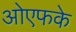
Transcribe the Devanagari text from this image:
ओएफके